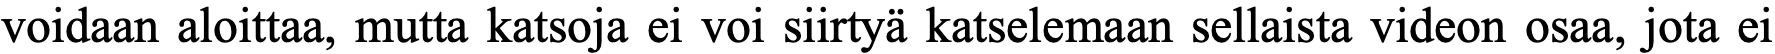
voidaan aloittaa, mutta katsoja ei voi siirtyä katselemaan sellaista videon osaa, jota ei